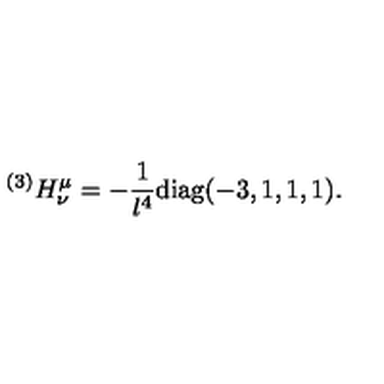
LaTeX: { } ^ { ( 3 ) } H _ { \nu } ^ { \mu } = - { \frac { 1 } { l ^ { 4 } } } \mathrm { d i a g } ( - 3 , 1 , 1 , 1 ) .